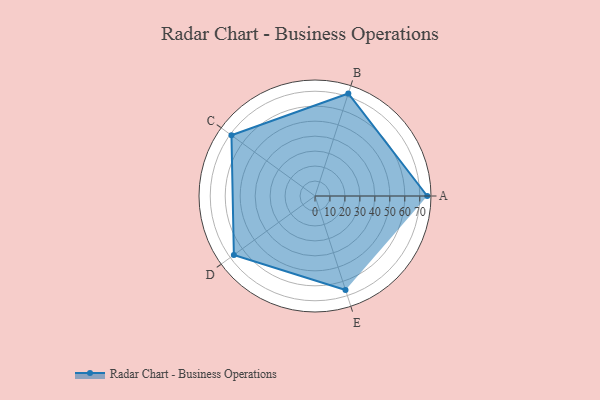
{"axis": {"x": "Skill", "y": "Score"}, "legend": ["Profile"], "data": [{"x": "A", "y": 75.0, "type": "Profile"}, {"x": "B", "y": 72.0, "type": "Profile"}, {"x": "C", "y": 69.0, "type": "Profile"}, {"x": "D", "y": 67.0, "type": "Profile"}, {"x": "E", "y": 66.0, "type": "Profile"}]}